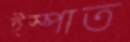
ইস্পাত